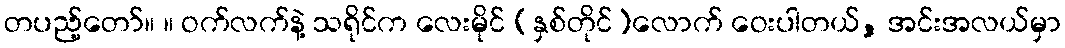
တပည့်တော်။ ။ ဝက်လက်နဲ့ သရိုင်က လေးမိုင် (နှစ်တိုင်)လောက် ဝေးပါတယ်, အင်းအလယ်မှာ